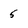
Character: 5